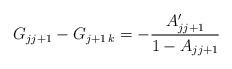
LaTeX: \begin{align*}G_{jj+1}-G_{j+1\, k}=-{A\sp\prime_{j j+1}\over 1-A_{j j+1}}\end{align*}